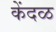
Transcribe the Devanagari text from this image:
केंदळ